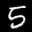
Label: 5